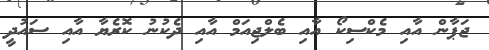
ޖަޕާން އާއި މެކްސިކޯ އާއި ބެލްޖިއަމް އާއި ދެކުނު ކޮރެޔާ އާއި ސައުދީ